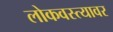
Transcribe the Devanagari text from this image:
लोकवस्त्यावर